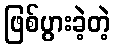
ဖြစ်ပွားခဲ့တဲ့